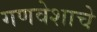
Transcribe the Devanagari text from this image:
गणवेशाचे